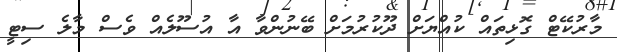
މާރުކޭޓް ގޮޅިތައް ކުއްޔަށް ދޫކުރުމަށް ބޭނުންވާ އާ އުސޫލެއް ވެސް މާލެ ސިޓީ